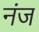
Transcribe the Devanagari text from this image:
नंज